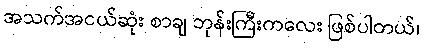
အသက်အငယ်ဆုံး စာချ ဘုန်းကြီးကလေး ဖြစ်ပါတယ်၊